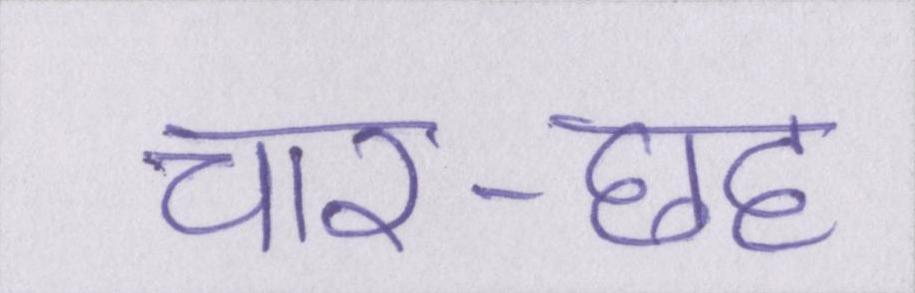
चार-छह